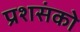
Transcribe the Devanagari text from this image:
प्रशसंको